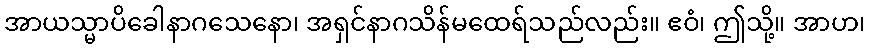
အာယသ္မာပိခေါနာဂသေနော၊ အရှင်နာဂသိန်မထေရ်သည်လည်း။ ဧဝံ၊ ဤသို့။ အာဟ၊